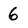
Character: 6